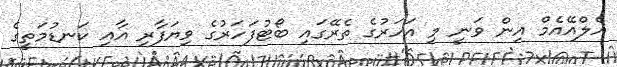
އެލްއޭއެމް އިން ވަނީ މި އަހަރުގެ ތެރޭގައި ބޯޓުފަހަރުގެ ވިޔަފާރި އާއި ކަނޑުމަތީގެ